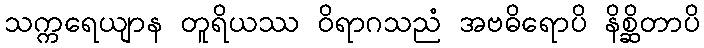
သက္ကရေယျာန တူရိယဿ ဝိရာဂသညံ အဗဓိရောပိ နိစ္ဆိတာပိ